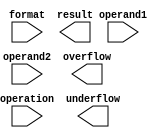
module floating_point_unit (
    input [63:0] operand1,
    input [63:0] operand2,
    input [3:0] operation, // 0: addition, 1: subtraction, 2: multiplication, 3: division
    input [2:0] format, // 0: single precision, 1: double precision, 2: arbitrary precision
    output reg [63:0] result,
    output reg overflow,
    output reg underflow
);

reg [63:0] result_temp;
reg [63:0] operand1_norm, operand2_norm;

always @ (*) begin
    case (format)
        0: begin // single precision
            operand1_norm = operand1[22:0] << (operand1[30:23] - 127);
            operand2_norm = operand2[22:0] << (operand2[30:23] - 127);
        end
        1: begin // double precision
            operand1_norm = operand1[51:0] << (operand1[62:52] - 1023);
            operand2_norm = operand2[51:0] << (operand2[62:52] - 1023);
        end
        2: begin // arbitrary precision
            // normalization mechanism
            // implementation details depend on specific design requirements
        end
    endcase
end

always @ (*) begin
    case (operation)
        0: result_temp = operand1_norm + operand2_norm;
        1: result_temp = operand1_norm - operand2_norm;
        2: result_temp = operand1_norm * operand2_norm;
        3: result_temp = operand1_norm / operand2_norm;
    endcase
end

always @ (*) begin
    // rounding mechanism
    // implementation details depend on specific design requirements
end

always @ (*) begin
    // overflow and underflow detection logic
    // implementation details depend on specific design requirements
end

endmodule